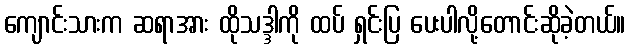
ကျောင်းသားက ဆရာအား ထိုသဒ္ဒါကို ထပ် ရှင်းပြ ပေးပါလို့တောင်းဆိုခဲ့တယ်။